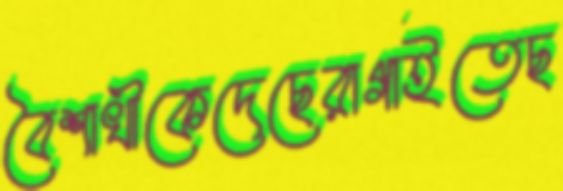
বৈশাখীকেদেছেরাগাইতেছ